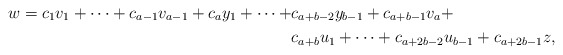
\begin{align*}w=c_1v_1+\cdots+c_{a-1}v_{a-1}+c_ay_1+\cdots+&c_{a+b-2}y_{b-1}+c_{a+b-1}v_a+ \\&c_{a+b}u_1+\cdots+c_{a+2b-2}u_{b-1}+c_{a+2b-1}z, \end{align*}